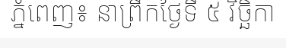
ភ្នំពេញ៖ នាព្រឹកថ្ងៃទី ៥ វិច្ឆិកា